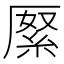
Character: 𠪓